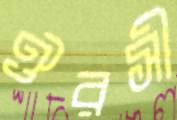
ঔরসী